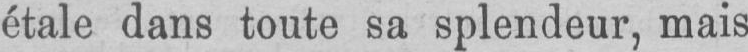
étale dans toute sa splendeur, mais